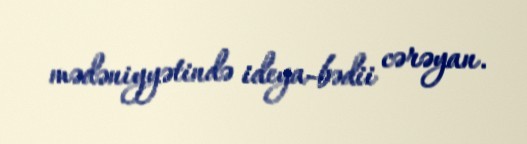
mədəniyyətində ideya-bədii cərəyan.